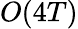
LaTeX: O(4T)